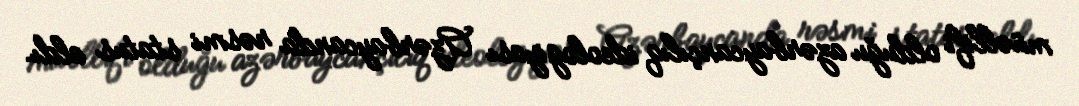
müəllifi olduğu azərbaycançılıq ideologiyası Azərbaycanda rəsmi status aldı.